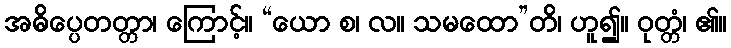
အဓိပ္ပေတတ္တာ၊ ကြောင့်။ “ယော စ၊ လ။ သမထော”တိ၊ ဟူ၍။ ဝုတ္တံ၊ ၏။